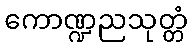
ကောဏ္ဍညသုတ္တံ